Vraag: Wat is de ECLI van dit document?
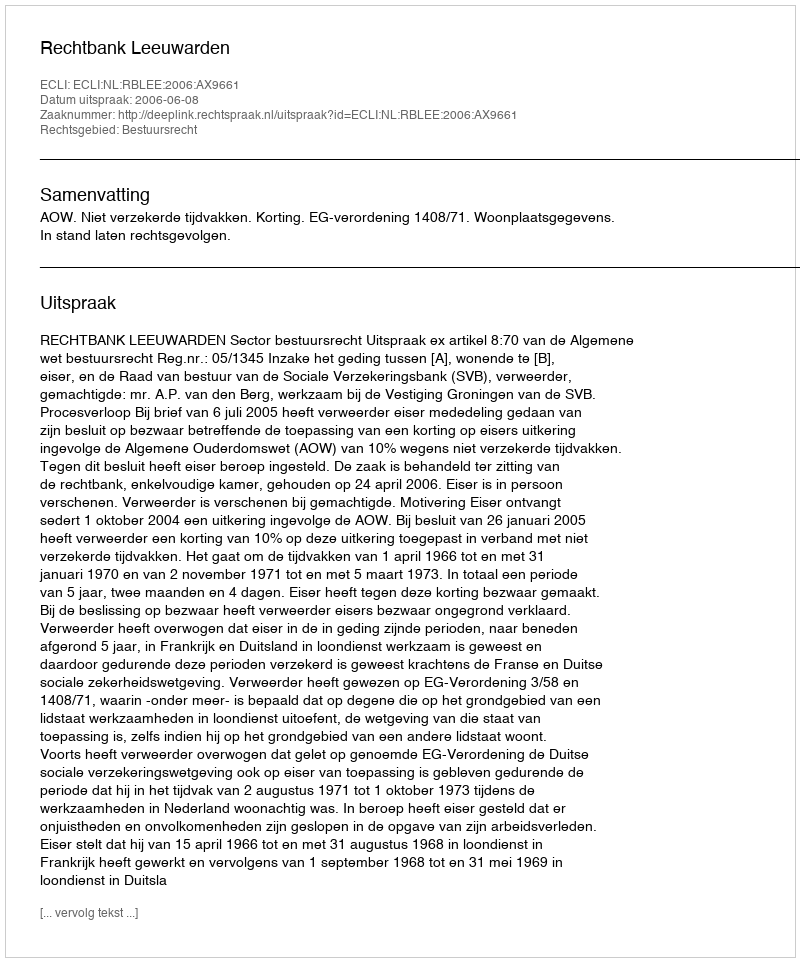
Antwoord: ECLI:NL:RBLEE:2006:AX9661